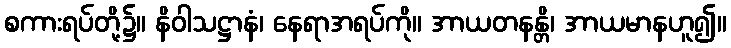
စကားရပ်တို့၌။ နိဝါသဋ္ဌာနံ၊ နေရာအရပ်ကို။ အာယတနန္တိ၊ အာယမာနဟူ၍။